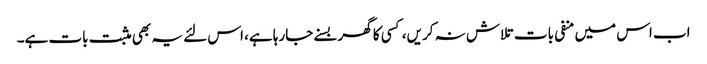
اب اس میں منفی بات تلاش نہ کریں، کسی کا گھر بسنے جارہا ہے، اس لئے یہ بھی مثبت بات ہے۔